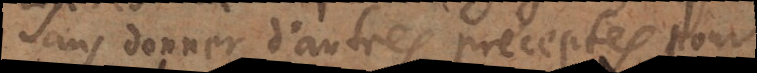
sans donner d’autres préceptes pour